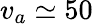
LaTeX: v_{a}\simeq 50